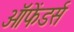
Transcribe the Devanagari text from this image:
ऑफेंडर्स